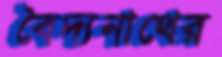
বৈদ্যনাথের